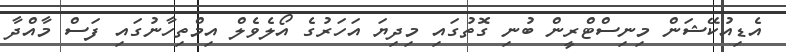
އެޑިއުކޭޝަން މިނިސްޓްރީން ބުނި ގޮތުގައި މިދިޔަ އަހަރުގެ އޯލެވެލް އިމްތިހާނުގައި ފަސް މާއްދާ